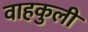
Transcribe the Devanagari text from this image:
वाहकुली